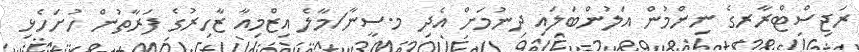
ރަޖިސްޓްރާރގެ ނިންމުން އަލުންބަލައި ދިނުމަށް އެދި މ.ސީނާ/މާލެ އިޒްމިއާ ޒާހިރުގެ ފަރާތުން ހުށަހެޅި